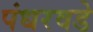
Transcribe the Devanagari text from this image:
पंधरवडे